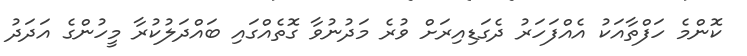
ކޮންމެ ހަފްތާއަކު އެއްފަހަރު ދެގަޑިއިރަށް ވުރެ މަދުނުވާ ގޮތެއްގައި ބައްދަލުކުރާ މީހުންގެ އަދަަދު